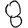
Digit: 8